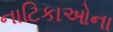
નાટિકાઓના